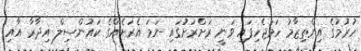
ހުރުމުގެ އިންތިޒާމު ހަމަޖެހިފައި ވަނީ ރަށްރަށުގައި ނަމަ އެރަށެއްގެ ކައުންސިލް އިދާރާ އާއި